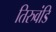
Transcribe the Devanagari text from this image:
तिरुवंडि